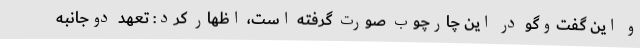
و این گفت‌وگو در این چارچوب صورت گرفته است، اظهار کرد: تعهد دوجانبه